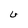
Character: U